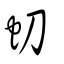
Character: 虭